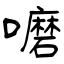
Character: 嚰